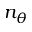
n _ { \theta }